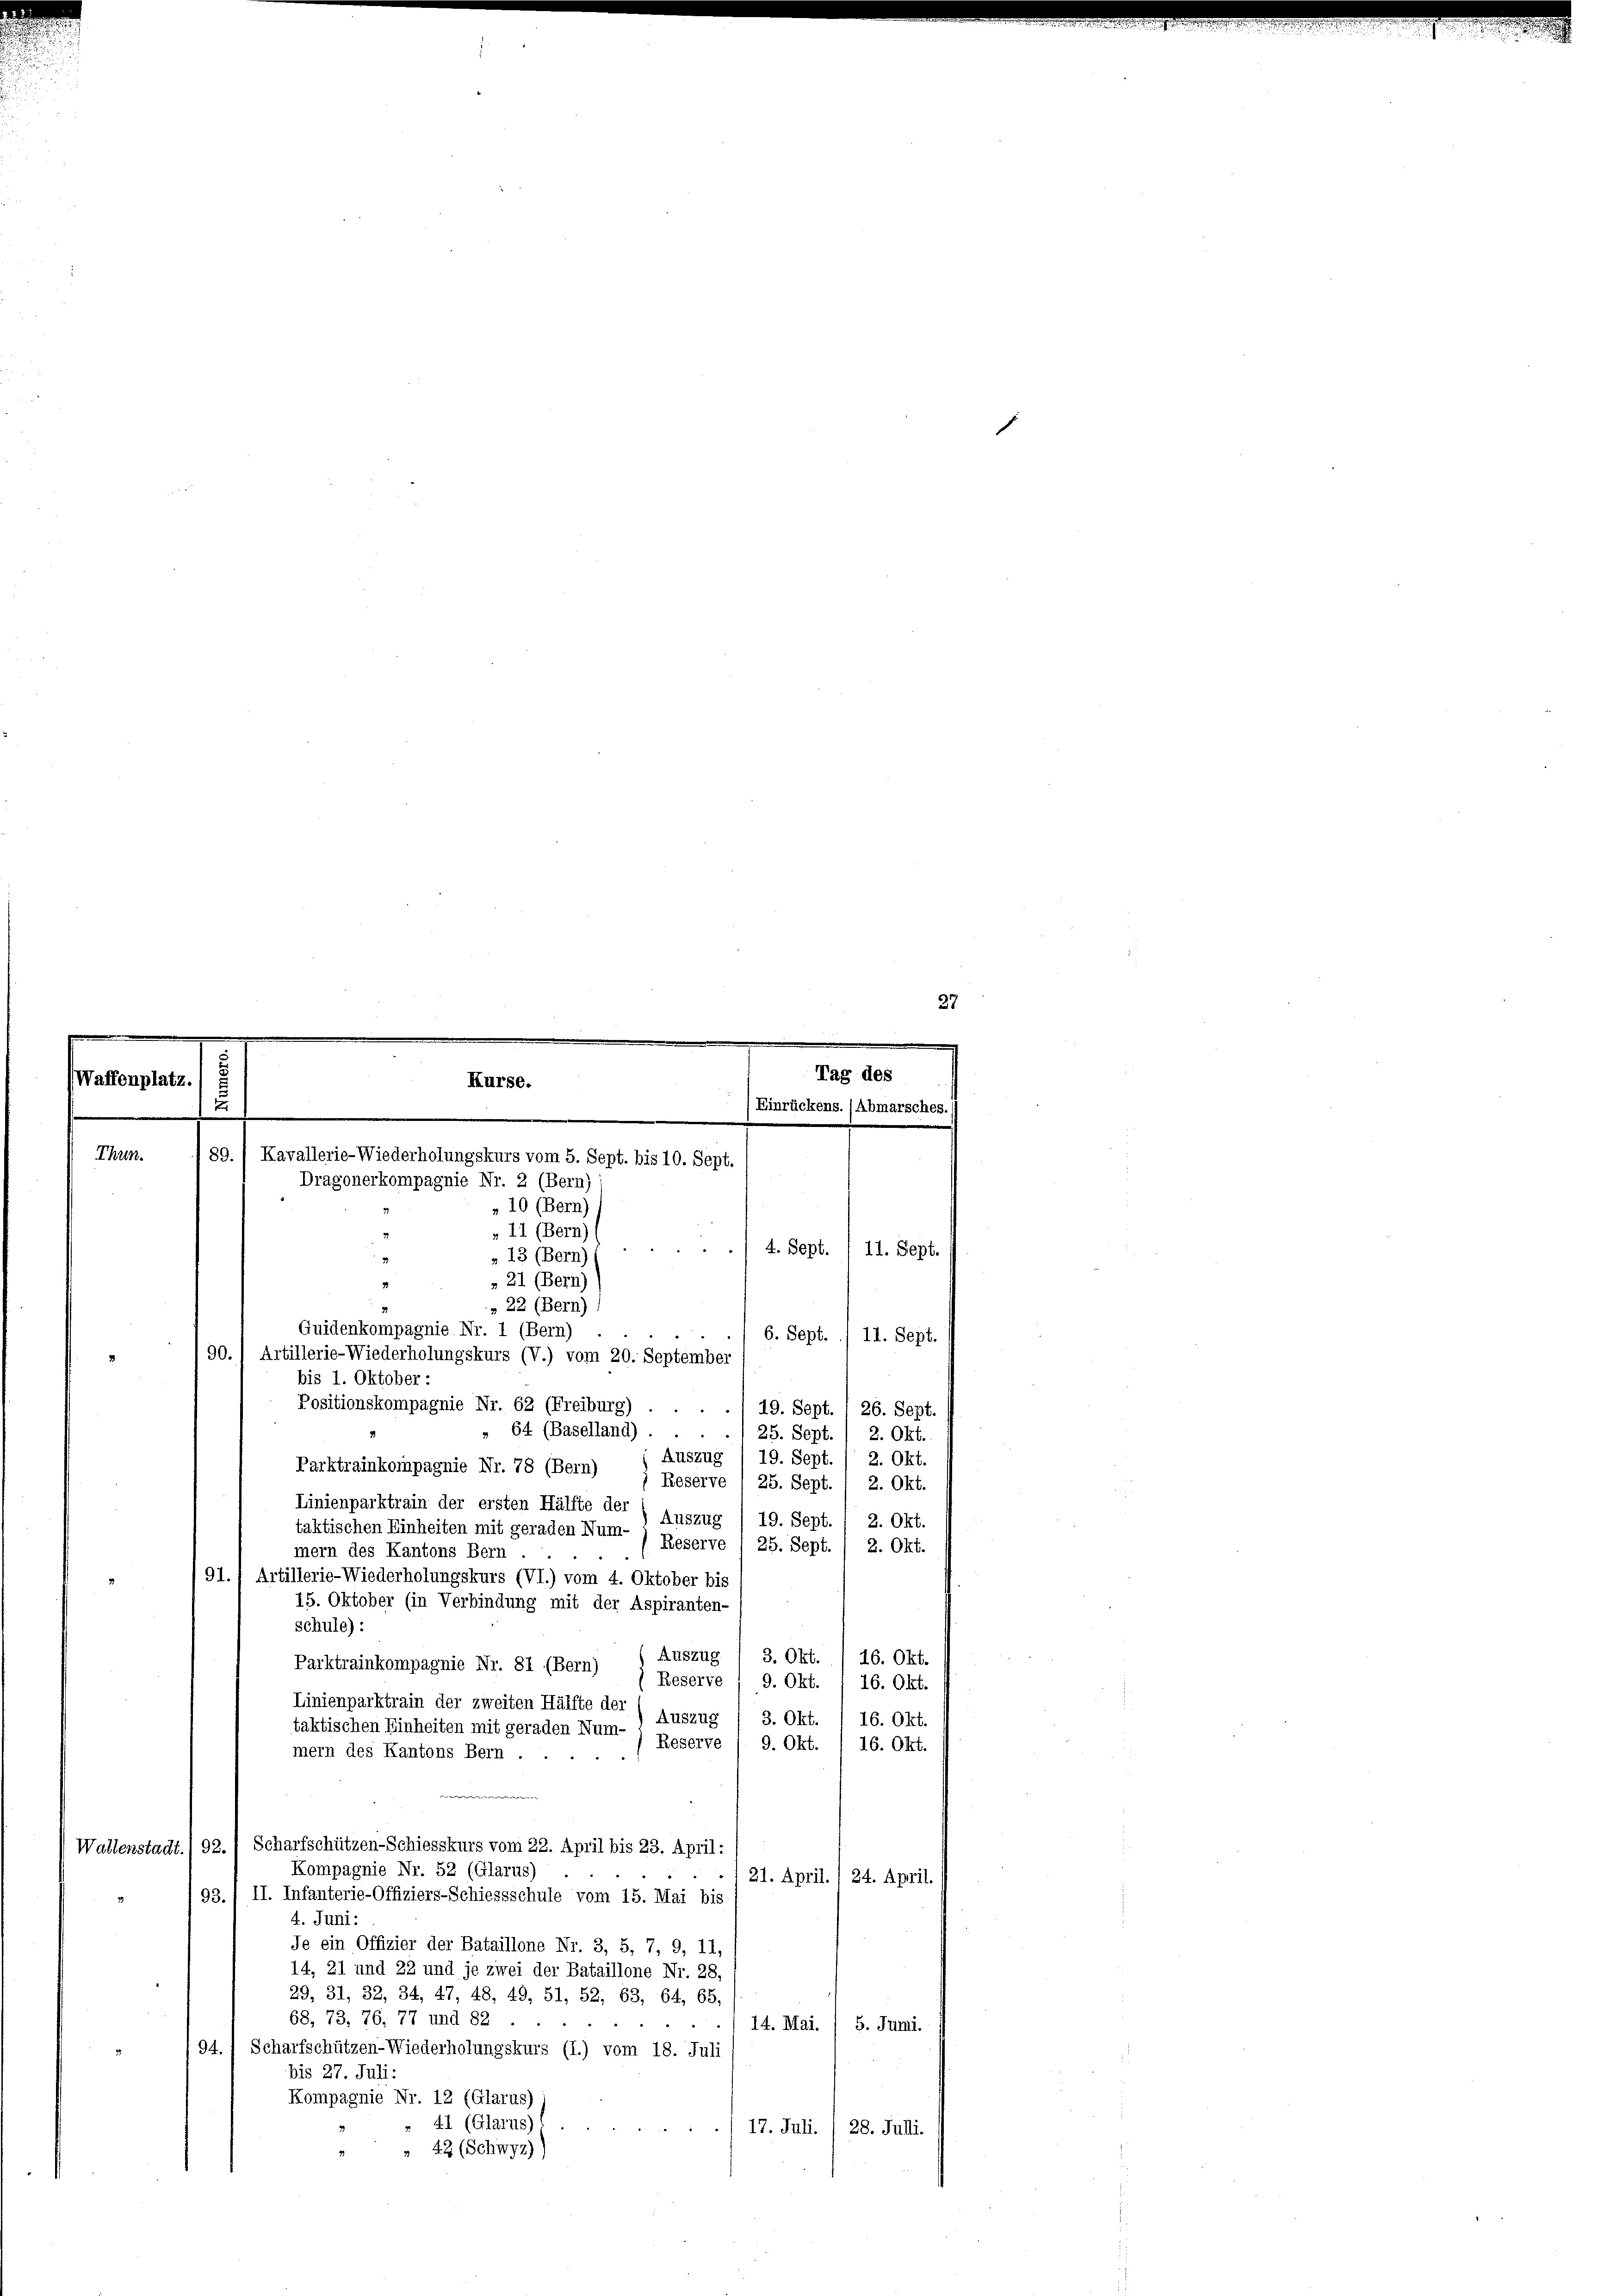
27
.
.
Tag des
(Wattenplatz.
Kurse.
Einrückens. (Abmarsches.
7
Thun.
89.) Kavallerie-Wiederholungskurs vom 5. Sept. bis 10. Sept.
Dragonerkompagnie Nr. 2 (Bern)
» 10 (Bern)
11 (Bern) (
4. Sept.
11. Sept.
» 13 (Bern)
» 21 (Bern)

6. Sept. / 11. Sept.
19. Sept. 1 26. Sept.
" 64 (Baselland)
25. Sept. / 2. Okt.
Auszug ) 19. Sept. / 2. Okt.
Parktrainkompagnie Nr. 78 (Bern)
Reserve 1 25. Sept. / 2. Okt.
Linienparktrain der ersten Hälfte der
Auszug
19. Sept.
2. Okt.
taktischen Einheiten mit geraden Num¬
Reserve 1 25. Sept.
2. Okt.
mern des Kantons Bern
/91.) Artillerie-Wiederholungskurs (VI.) vom 4. Oktober bis
15. Oktober (in Verbindung mit der Aspiranten-
schule):
Auszug
3. Okt.
16. Okt.
Parktrainkompagnie Nr. 81 (Bern)
Reserve
9. Okt.
16. Okt.
Linienparktrain der zweiten Hälfte der
Auszug
3. Okt. I 16. Okt.
taktischen Einheiten mit geraden Num-
Reserve /. 9. Okt. I 16. Okt.
mern des Kantons Bern
Wallenstadt./92.1 Scharfschützen-Schiesskurs vom 22. April bis 23. April:
Kompagnie Nr. 52 (Glarus)
(21. April. (24. April.
93. / II. Infanterie-Offiziers-Schiessschule vom 15. Mai bis
4. Juni:
Je ein Offizier der Bataillone Nr. 3, 5, 7, 9, 11,
14, 21 und 22 und je zwei der Bataillone Nr. 28,
29, 31, 32, 34, 47, 48, 49, 51, 52, 63, 64, 65.
68, 73, 76, 77 und 82
14. Mai. / 5. Juni.
94.
Scharfschützen-Wiederholungskurs (I.) vom 18. Juli
bis 27. Juli:
Kompagnie Nr. 12 (Glarus)
41 (Glarus)
17. Juli. / 28. Julli.
 42 (Schwyz))

» 22 (Bern)
Quidenkompagnie Nr. 1 (Bern)
90. 1 Artillerie-Wiederholungskurs (V.) vom 20. September
bis 1. Oktober :
Positionskompagnie Nr. 62 (Freiburg) . .